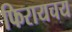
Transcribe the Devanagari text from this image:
फिरायचय